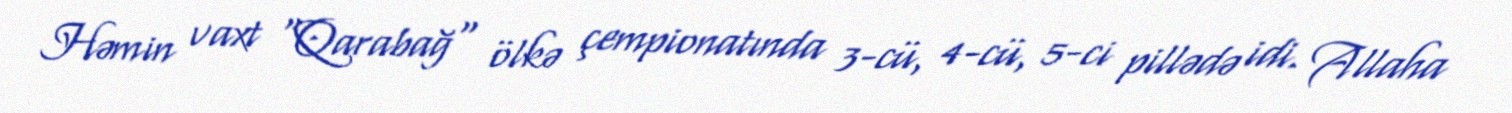
Həmin vaxt "Qarabağ" ölkə çempionatında 3-cü, 4-cü, 5-ci pillədə idi. Allaha